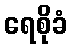
ရေစိုခံ